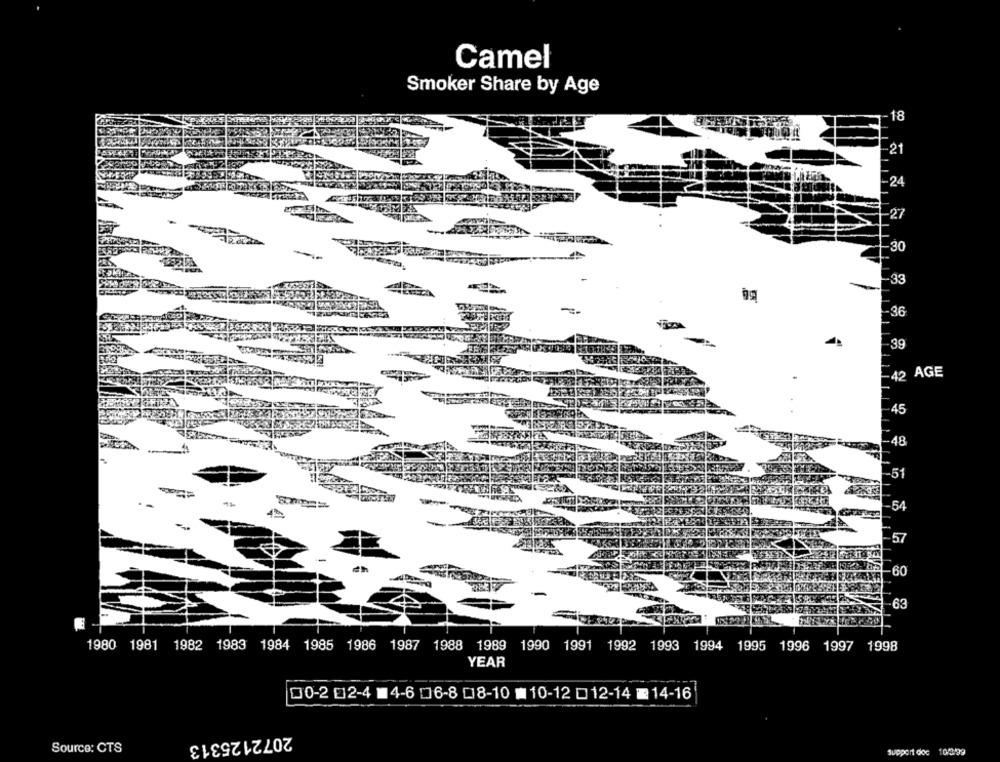
Camel
Smoker Share by Age
-18
-21
24
27
30
-33
-36
39
-42 AGE
45
-48
-51
-54
57
-60
-63
1980 1981 1982 1983 1984 1985 1986 1987 1988 1989
1990 1991 1992 1993 1994 1995 1996 1997 1998
YEAR
00-2 012-4 4-6 06-8 018-10 10-12 0 12-14 14-16
2072125313
Source: CTS
Support doc 10/2/99